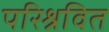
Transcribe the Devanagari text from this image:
परिश्रवित